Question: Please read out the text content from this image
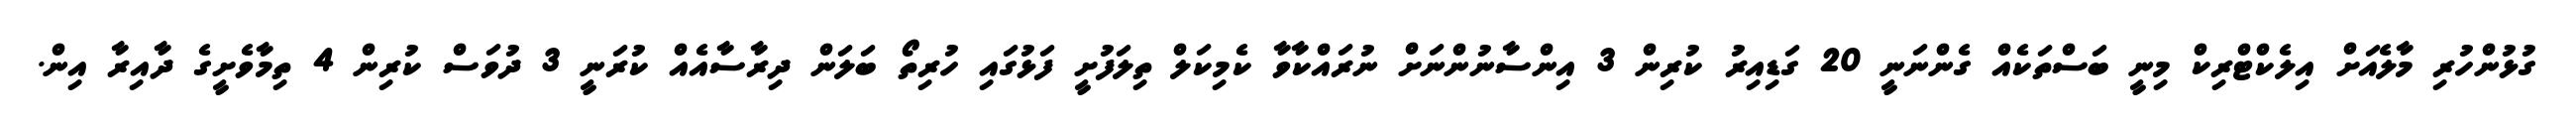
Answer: ގުޅުންހުރި މާލެއަށް އިލެކްޓްރިކް މިނީ ބަސްތަކެއް ގެންނަނީ 20 ގަޑިއިރު ކުރިން 3 އިންސާނުންނަށް ނުރައްކާވާ ކެމިކަލް ތިލަފުށީ ފަޅުގައި ހުރިތޯ ބަލަން ދިރާސާއެއް ކުރަނީ 3 ދުވަސް ކުރިން 4 ތިމާވެށީގެ ދާއިރާ އިން.